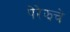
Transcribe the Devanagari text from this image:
पेरेझचे